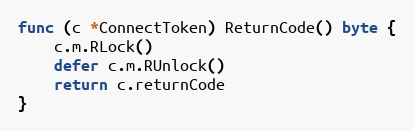
Language: Go
func (c *ConnectToken) ReturnCode() byte {
	c.m.RLock()
	defer c.m.RUnlock()
	return c.returnCode
}